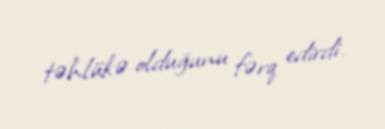
təhlükə olduğunu fərq edirdi.